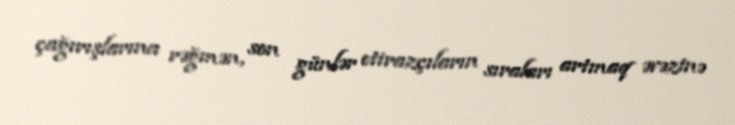
çağırışlarına rəğmən, son günlər etirazçıların sıraları artmaq əvəzinə